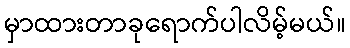
မှာထားတာခုရောက်ပါလိမ့်မယ်။